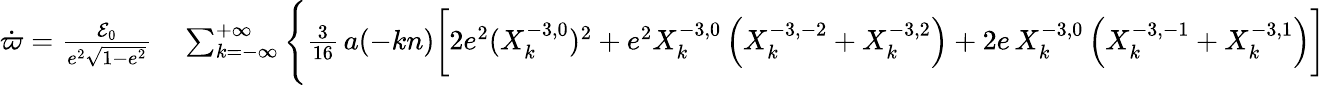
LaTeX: \begin{array}{rl}{\dot{\varpi}=\frac{{\cal E}_{0}}{e^{2}\sqrt{1-e^{2}}}}&{{}\sum_{k=-\infty}^{+\infty}\Bigg\{ \frac{3}{16}\, a(-kn)\bigg[2e^{2}(X_{k}^{-3,0})^{2}+e^{2}X_{k}^{-3,0}\left(X_{k}^{-3,-2}+X_{k}^{-3,2}\right)+2e\, X_{k}^{-3,0}\left(X_{k}^{-3,-1}+X_{k}^{-3,1}\right)\bigg]}\end{array}